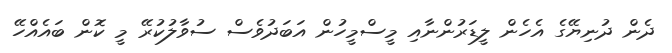
ދެން ދުނިޔޭގެ އެހެން ލީޑަރުންނާއި މީސްމީހުން އަބަދުވެސް ސުވާލުކުރޭ މީ ކޮން ބައެއްހޭ